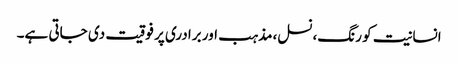
انسانیت کو رنگ،نسل،مذہب اور برادری پر فوقیت دی جاتی ہے۔